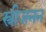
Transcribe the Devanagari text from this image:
स्त्रीजनन